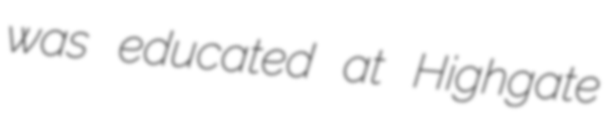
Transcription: was educated at Highgate